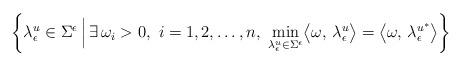
LaTeX: \begin{align*}\biggl \{ \lambda_{\epsilon}^{u} \in \Sigma^{\epsilon} \, \Bigl \vert \, \exists \,\omega_i >0, \,\, i=1,2, \ldots, n, \,\, \min_{\lambda_{\epsilon}^{u} \in \Sigma^{\epsilon}} \bigl\langle \omega,\, \lambda_{\epsilon}^{u}\bigr\rangle = \bigl\langle \omega,\, \lambda_{\epsilon}^{u^{\ast}} \bigr\rangle \biggr\} \end{align*}